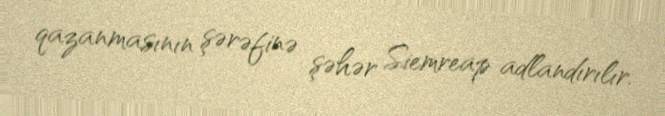
qazanmasının şərəfinə şəhər Siemreap adlandırılır.